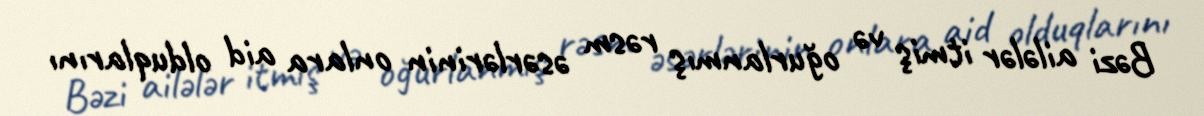
Bəzi ailələr itmiş və oğurlanmış rəsm əsərlərinin onlara aid olduqlarını